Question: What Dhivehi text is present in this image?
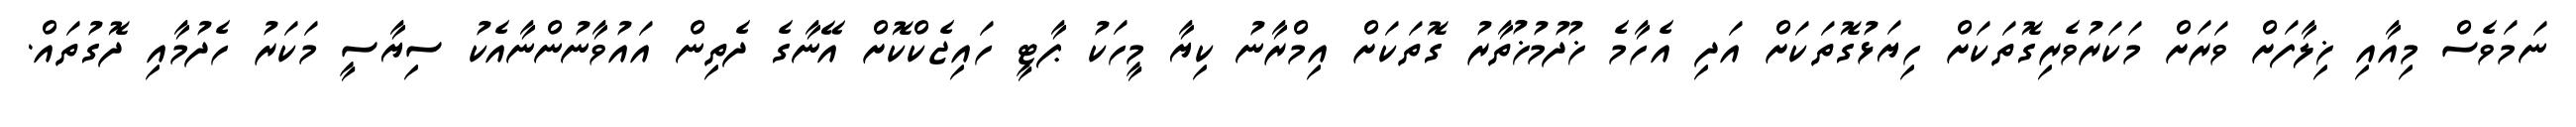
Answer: ނަމަވެސް މިއާއި ޚިލާފަށް ވަރަށް މަކަރުވެރިގޮތަކަށް ހިޔަޅުގޮތަކަށް އަދި އެހާމެ ޚުދުމުޚުތާރު ގޮތަކަށް އިމްރާނު ކިޔާ މީހަކު ޕާޓީ ހައިޖެކްކޮށް އޭނާގެ ދެތިން އައުވާނުންނާއެކު ސިޔާސީ މަކަރު ހެދުމާއި ދޮގުތައް.